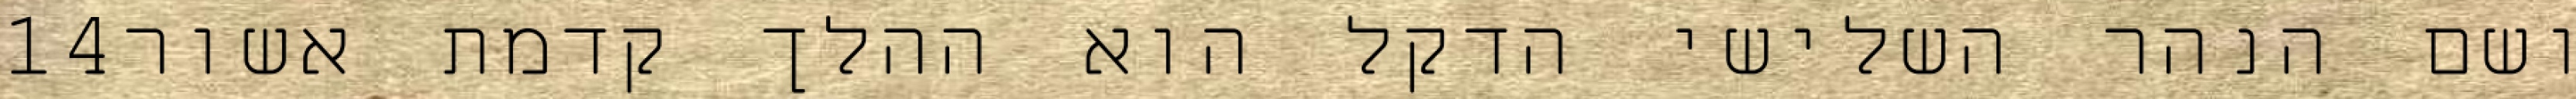
‎14‏ ושם הנהר השלישי הדקל הוא ההלך קדמת אשור